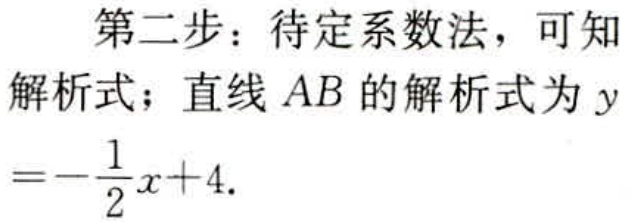
第二步：待定系数法，可知
解析式；直线 \(AB\) 的解析式为 \(y\)
\(=-\frac{1}{2}x + 4\).